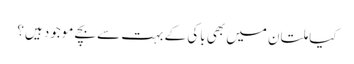
کیا ملتان میں بھی باکی کے بہت سے بچے موجود ہیں؟